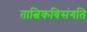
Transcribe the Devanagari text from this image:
तात्विकविसंगति